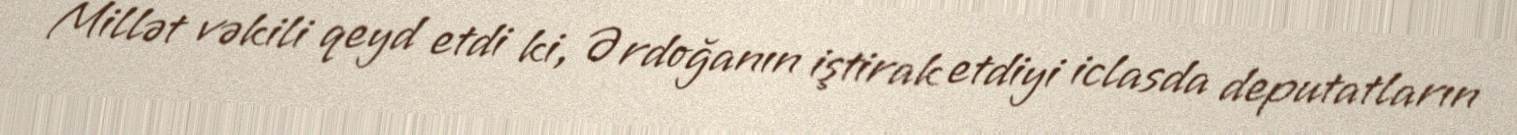
Millət vəkili qeyd etdi ki, Ərdoğanın iştirak etdiyi iclasda deputatların